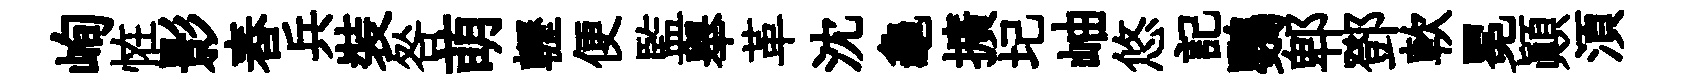
峋恠影舂兵裝咎萌轣便監舉革沈龜擴圮岫悠記鸚郫鄧軟冕顛湏